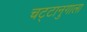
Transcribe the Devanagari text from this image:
चट्टानुगाला